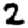
Digit: 2